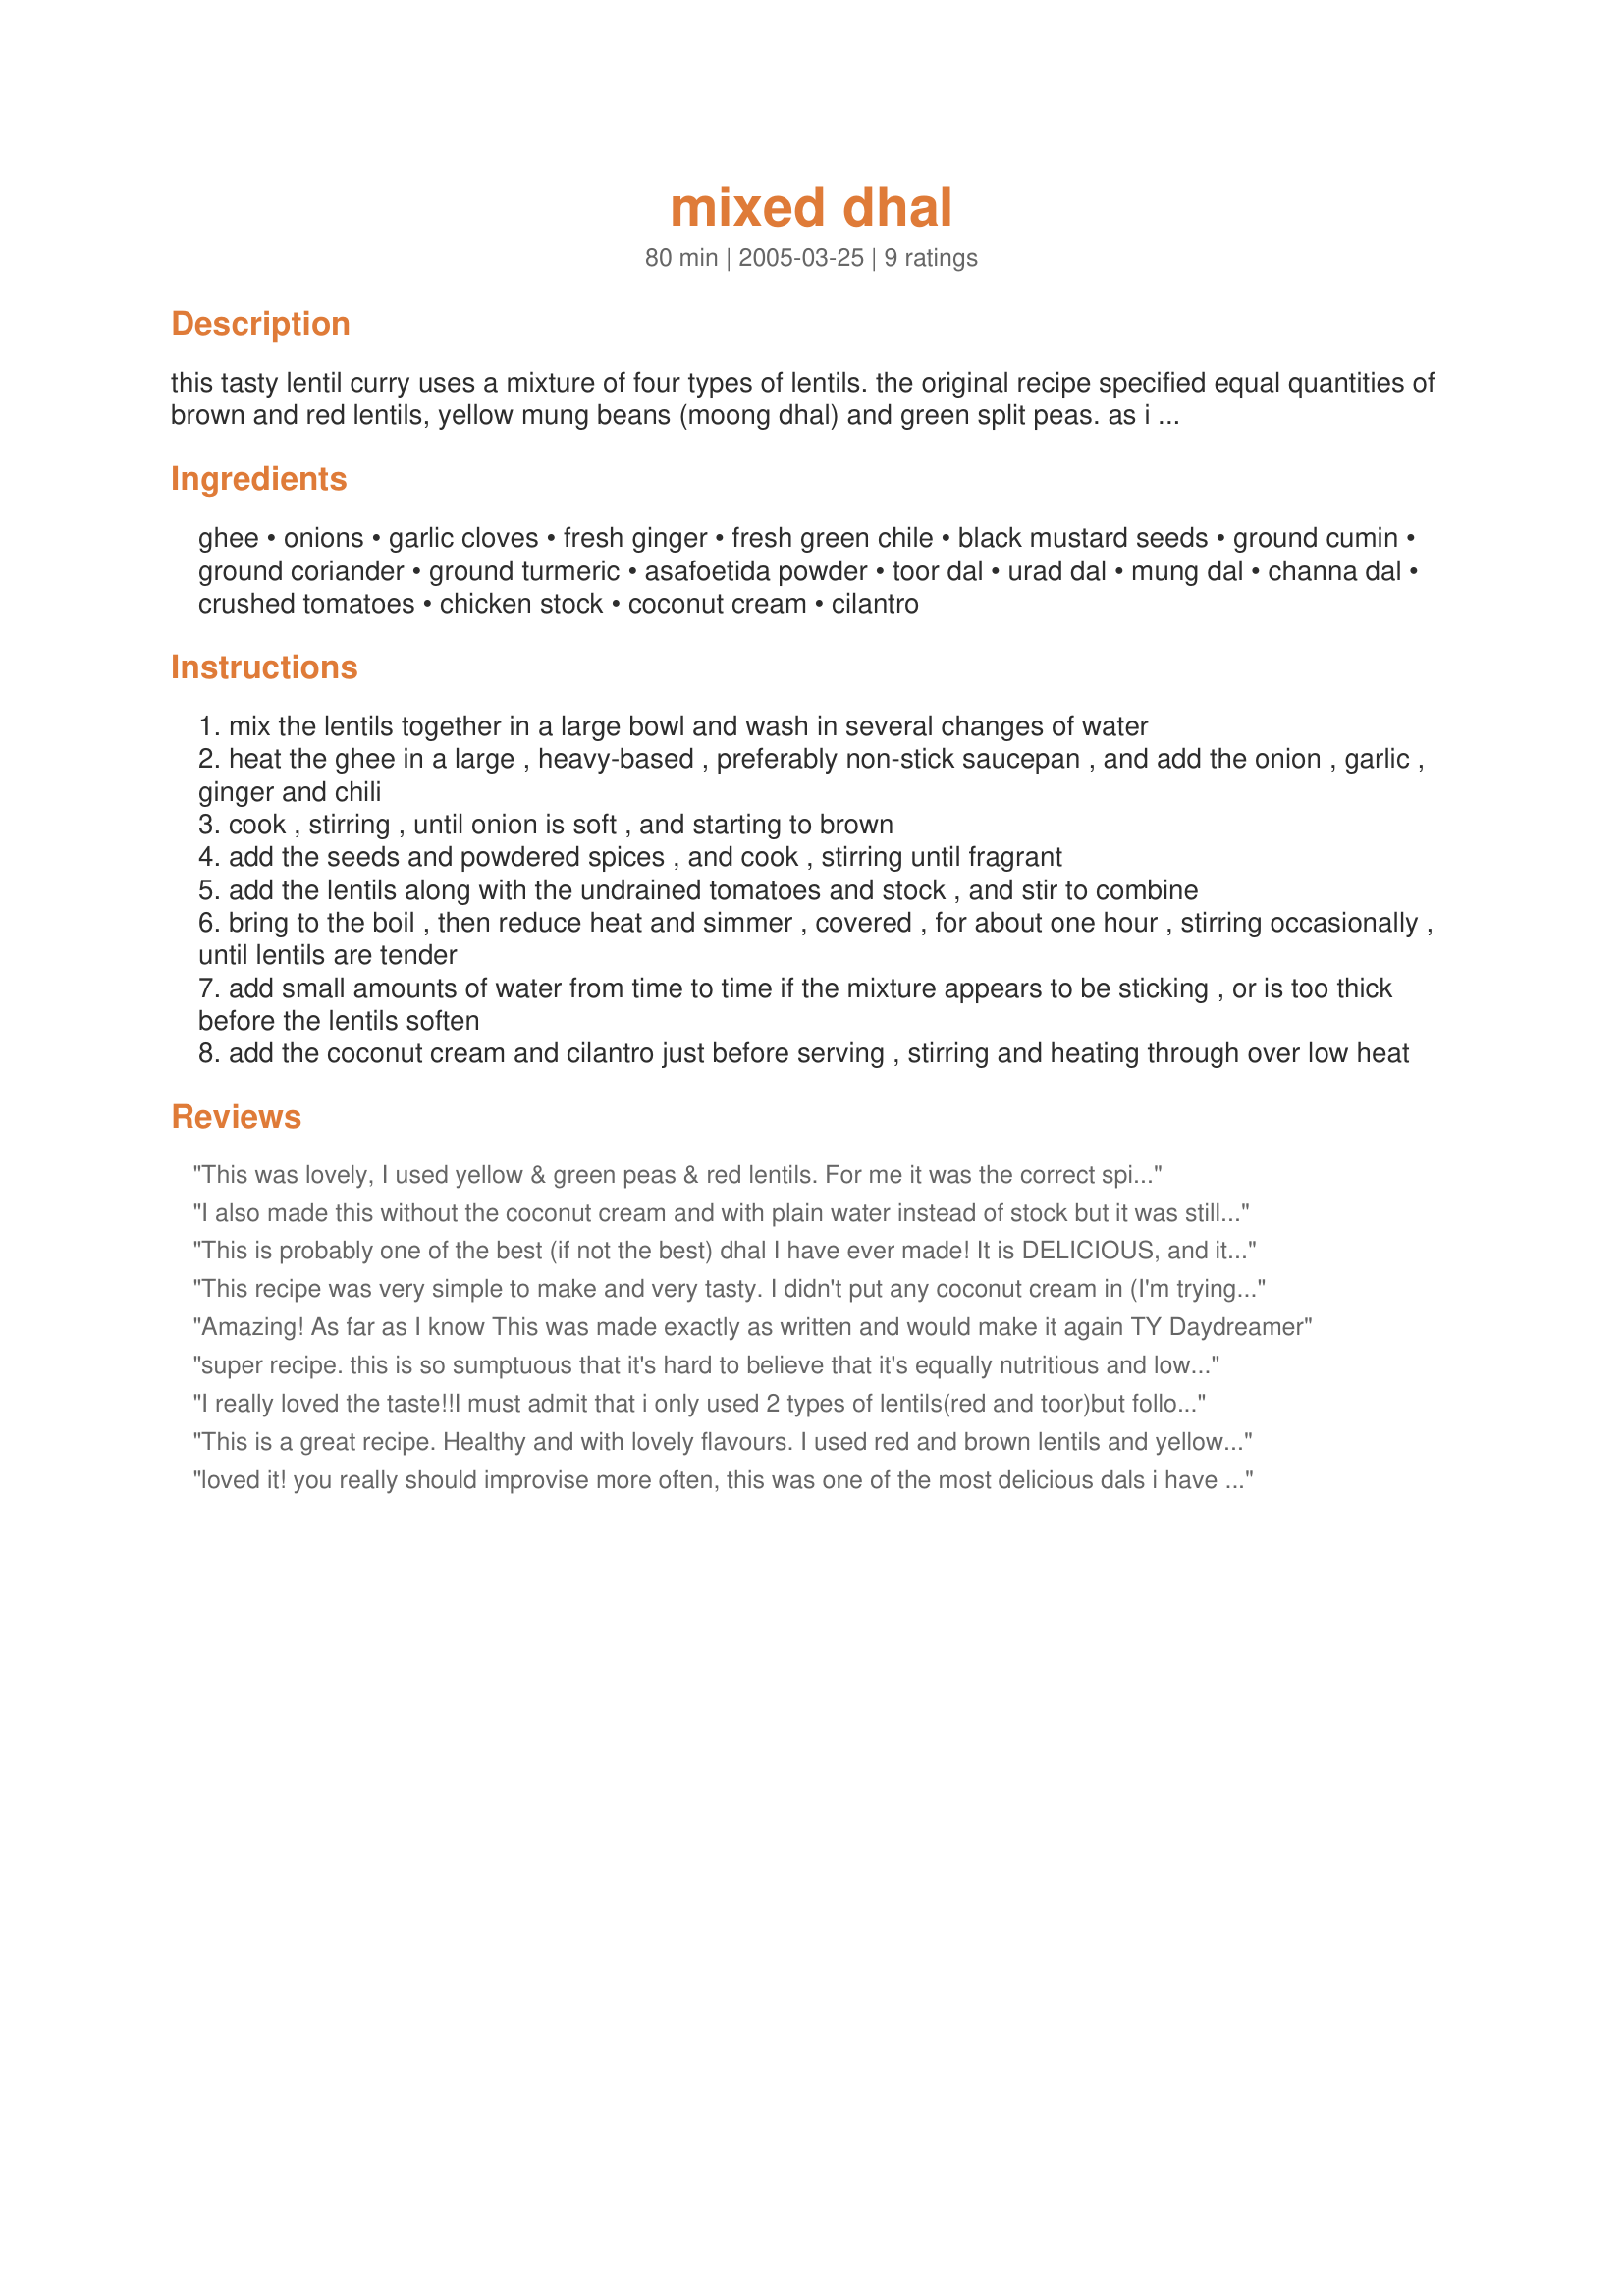
mixed dhal
Preparation time: 80 minutes

this tasty lentil curry uses a mixture of four types of lentils. the original recipe specified equal quantities of brown and red lentils, yellow mung beans (moong dhal) and green split peas. as i did not have those on hand, i improvised and used toor dhal, urid dhal, moong dhal and channa dhal (bengal gram dhal). the result was a 'moreish', satisfyingly 'meaty' lentil curry.

Ingredients:
ghee, onions, garlic cloves, fresh ginger, fresh green chile, black mustard seeds, ground cumin, ground coriander, ground turmeric, asafoetida powder, toor dal, urad dal, mung dal, channa dal, crushed tomatoes, chicken stock, coconut cream, cilantro

Steps:
mix the lentils together in a large bowl and wash in several changes of water
heat the ghee in a large , heavy-based , preferably non-stick saucepan , and add the onion , garlic , ginger and chili
cook , stirring , until onion is soft , and starting to brown
add the seeds and powdered spices , and cook , stirring until fragrant
add the lentils along with the undrained tomatoes and stock , and stir to combine
bring to the boil , then reduce heat and simmer , covered , for about one hour , stirring occasionally , until lentils are tender
add small amounts of water from time to time if the mixture appears to be sticking , or is too thick before the lentils soften
add the coconut cream and cilantro just before serving , stirring and heating through over low heat

Reviews:
This was lovely, I used yellow & green peas & red lentils. For me it was the correct spiciness that I could enjoy the flavours, thank you for posting.
I also made this without the coconut cream and with plain water instead of stock but it was still flavorful and very good. I also used 2 fresh tomatoes which I added to the onion after the spices and cooked for a couple of minutes before adding the water and dal. I cooked it in a presure cooker and allowed it to cook for about 3-4 whistles. Oh and for those without a scale 5 ounces of dal is equal to 2/3 cup.
This is probably one of the best (if not the best) dhal I have ever made! It is DELICIOUS, and its absolutely beautiful! I love the colors in this dhal... I am totally driven by visual effects, LOL and this dhal is just so delicious looking! I would give this 10 stars if I could. Every time I make dhal I always have to alter the recipe to our tastes adding more of this and more of that, but this was just right! Thank you!!!
This recipe was very simple to make and very tasty. I didn't put any coconut cream in (I'm trying to watch my weight), but I'm sure it was just as delicious!
Amazing! As far as I know This was made exactly as written and would make it again TY Daydreamer
super recipe. this is so sumptuous that it's hard to believe that it's equally nutritious and low-cal. DH had made this before and though we loved it as is, this time i made it again with some small modifications. i used splitpea dal instead of toor dal. i boiled the mung, chana and urad dals in a separate pot, since they cook quicker and i wanted them to retain their texture and not mush up too much with the splitpea. while they were boiling i added the turmeric, jeera and coriander powders, and asafoetida. after that i mixed them into one pot, added the tomatoes, and only then tempered it with all the ingredients you specified. this was so good the first time, and we love dal as a side with our indian meals, so i tripled the recipe and have frozen 12-15 servings. thanks for this hearty, delicious recipe for dal.
I really loved the taste!!I must admit that i only used 2 types of lentils(red and toor)but followed the rest exactly as mentioned.The only thing different to our dal is the coconut cream.It does add an exquisite tatse.......Will definitely make it again...
This is a great recipe. Healthy and with lovely flavours. I used red and brown lentils and yellow and green split peas, as that's what I had on hand. It is simple to make and fills your house with a wonderful aroma! If you use green split peas I'd advise to par-boil them before adding them together with the rest as they need a little longer to cook. Thanks for sharing! :)
loved it! you really should improvise more often, this was one of the most delicious dals i have ever eaten (that's saying a lot, coming from a person for whom dal was standard fare in meals while growing up). the only thing i did different was to use whole cumin instead of ground as the flavor is much more pervasive in that form (not to mention i love cumin). next time i will post a photo of this, as i KNOW i will be making it again.
